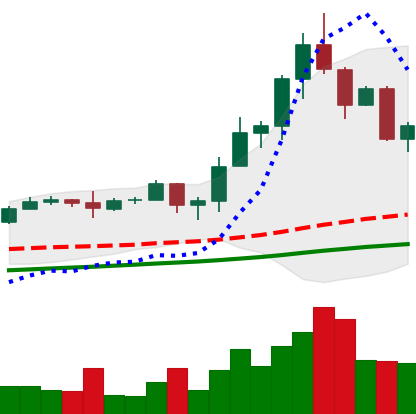
Ticker: TRX-USD
Chart end date: 2020-08-22
Forward return: -8.198%
Label: down_7plus